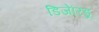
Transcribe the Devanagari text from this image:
डिजेरिडू